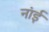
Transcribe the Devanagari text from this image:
नांई